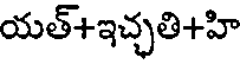
యత్+ఇచ్చతి+హి